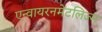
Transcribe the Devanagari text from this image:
एन्वायरनमेंटलिज्म